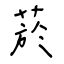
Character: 菸